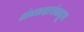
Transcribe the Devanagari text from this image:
अंमलदारांकडून